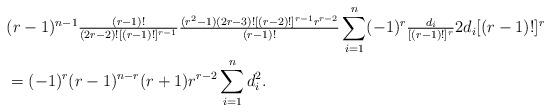
LaTeX: \begin{align*}&(r-1)^{n-1}\tfrac{(r-1)!}{(2r-2)![(r-1)!]^{r-1}}\tfrac{(r^{2}-1)(2r-3)![(r-2)!]^{r-1}r^{r-2}}{(r-1)!}\sum_{i=1}^{n}(-1)^{r}\tfrac{d_{i}}{[(r-1)!]^{r}}2d_{i}[(r-1)!]^{r}\\&=(-1)^{r}(r-1)^{n-r}(r+1)r^{r-2}\sum_{i=1}^{n}d_{i}^{2}.\end{align*}